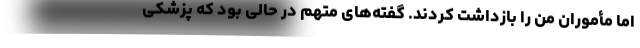
اما مأموران من را بازداشت کردند. گفته‌های متهم در حالی بود که پزشکی